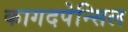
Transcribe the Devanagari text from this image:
कागदपेन्सिल